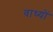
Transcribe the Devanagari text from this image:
वाध्यों